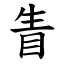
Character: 眚